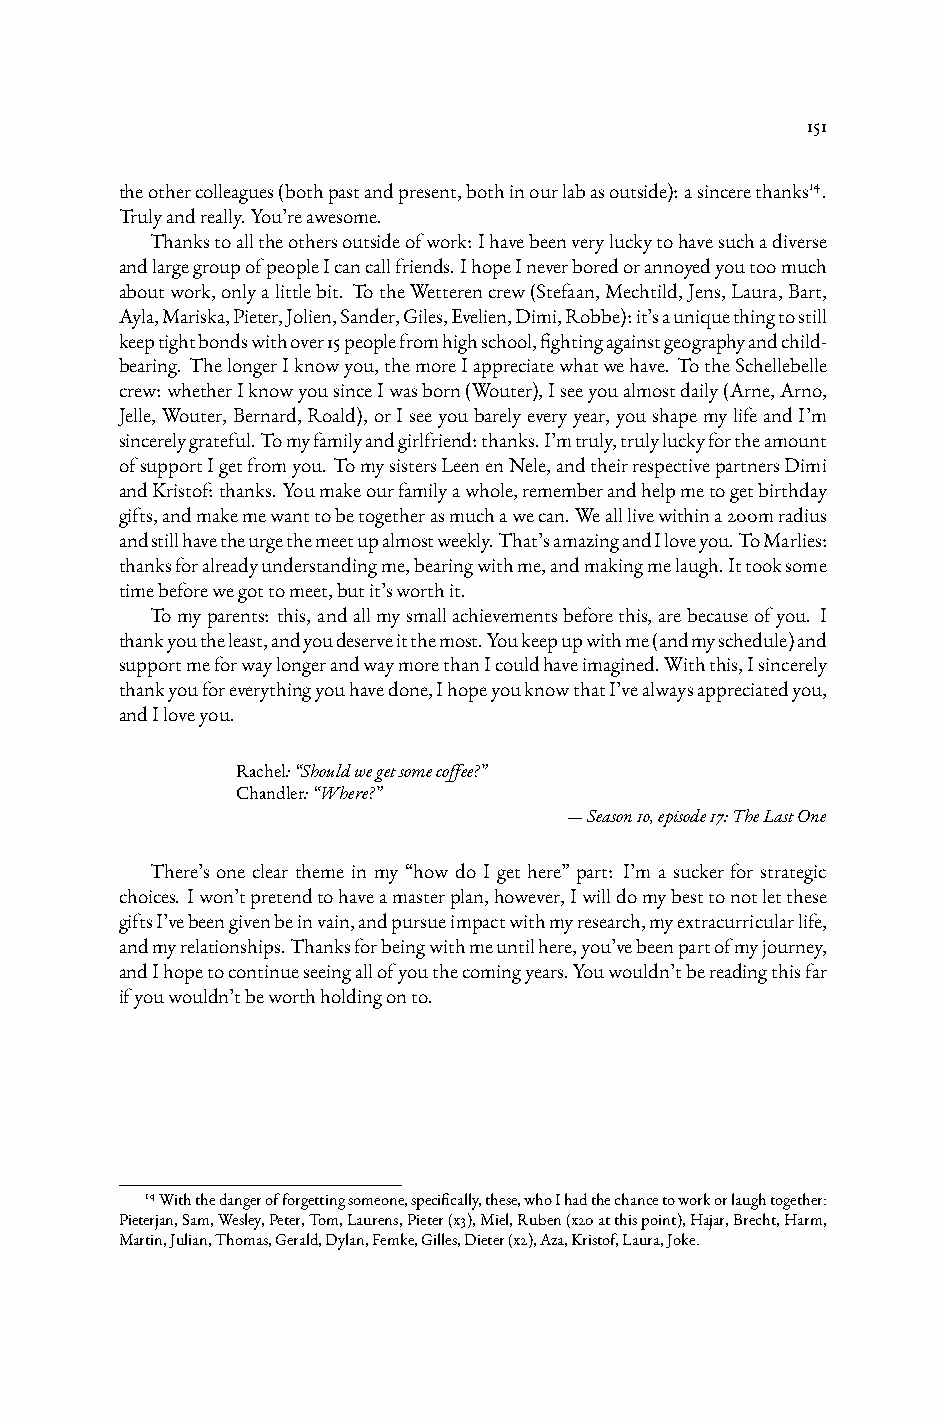
151
 theothercolleagues(bothpastandpresent,bothinourlabasoutside):asincerethanks14.
 Trulyandreally.You’reawesome.
 Thankstoalltheothersoutsideofwork:Ihavebeenveryluckytohavesuchadiverse
 andlargegroupofpeopleIcancallfriends.IhopeIneverboredorannoyedyoutoomuch
 aboutwork,onlyalittlebit. TotheWetterencrew(Stefaan,Mechtild,Jens,Laura,Bart,
 Ayla,Mariska,Pieter,Jolien,Sander,Giles,Evelien,Dimi,Robbe):it’sauniquethingtostill
 keeptightbondswithover15peoplefromhighschool,fightingagainstgeographyandchild-
 bearing. ThelongerIknowyou,themoreIappreciatewhatwehave. TotheSchellebelle
 crew:whetherIknowyousinceIwasborn(Wouter),Iseeyoualmostdaily(Arne,Arno,
 Jelle,Wouter,Bernard,Roald),orIseeyoubarelyeveryyear,youshapemylifeandI’m
 sincerelygrateful.Tomyfamilyandgirlfriend:thanks.I’mtruly,trulyluckyfortheamount
 ofsupportIgetfromyou. TomysistersLeenenNele,andtheirrespectivepartnersDimi
 andKristof:thanks.Youmakeourfamilyawhole,rememberandhelpmetogetbirthday
 gifts,andmakemewanttobetogetherasmuchawecan.Wealllivewithina200mradius
 andstillhavetheurgethemeetupalmostweekly.That’samazingandIloveyou.ToMarlies:
 thanksforalreadyunderstandingme,bearingwithme,andmakingmelaugh.Ittooksome
 timebeforewegottomeet,butit’sworthit.
 Tomyparents: this,andallmysmallachievementsbeforethis,arebecauseofyou. I
 thankyoutheleast,andyoudeserveitthemost.Youkeepupwithme(andmyschedule)and
 supportmeforwaylongerandwaymorethanIcouldhaveimagined.Withthis,Isincerely
 thankyouforeverythingyouhavedone,IhopeyouknowthatI’vealwaysappreciatedyou,
 andIloveyou.
 Rachel:“Shouldwegetsomecoffee?”
 Chandler:“Where?”
 —Season10,episode17:TheLastOne
 There’s one clear theme in my “how do I get here” part: I’m a sucker for strategic
 choices. Iwon’tpretendtohaveamasterplan,however,Iwilldomybesttonotletthese
 giftsI’vebeengivenbeinvain,andpursueimpactwithmyresearch,myextracurricularlife,
 andmyrelationships.Thanksforbeingwithmeuntilhere,you’vebeenpartofmyjourney,
 andIhopetocontinueseeingallofyouthecomingyears.Youwouldn’tbereadingthisfar
 ifyouwouldn’tbeworthholdingonto.
 14Withthedangerofforgettingsomeone,specifically,these,whoIhadthechancetoworkorlaughtogether:
 Pieterjan,Sam,Wesley,Peter,Tom,Laurens,Pieter(x3),Miel,Ruben(x20atthispoint),Hajar,Brecht,Harm,
 Martin,Julian,Thomas,Gerald,Dylan,Femke,Gilles,Dieter(x2),Aza,Kristof,Laura,Joke.